Vaccine operations Central Provinces 1868-1885 - 1868-1885
Year: 1868
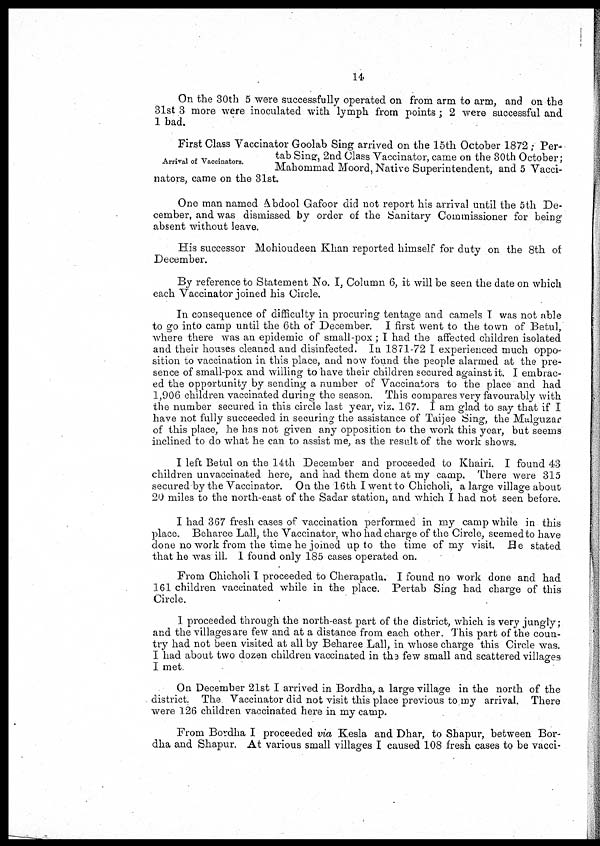
14
On the 30th 5 were successfully operated on from arm to arm, and on the
31st 3 more were inoculated with lymph from points; 2 were successful and
1 bad.
Arrival of Vaccinators.
First Class Vaccinator Goolab Sing arrived on the 15th October 1872 ; Per-
tab Sing-, 2nd Class Vaccinator, came on the 30th October;
Mahommad Moord, Native Superintendent, and 5 Vacci-
nators, came on the 31st.
One man named Abdool Gafoor did not report his arrival until the 5th De-
cember, and was dismissed by order of the Sanitary Commissioner for being
absent without leave.
His successor Mohioudeen Khan reported himself for duty on the 8th of
December.
By reference to Statement No. I, Column 6, it will be seen the date on which
each Vaccinator joined his Circle.
In consequence of difficulty in procuring tentage and camels I was not able
to go into camp until the 6th of December. I first went to the town of Betul,
where there was an epidemic of small-pox; I had the affected children isolated
and their houses cleaned and disinfected. In 1871-72 I experienced much oppo-
sition to vaccination in this place, and now found the people alarmed at the pre-
sence of small-pox and willing to have their children secured against it. I embrac-
ed the opportunity by sending a number of Vaccinators to the place and had
1,906 children vaccinated during the season. This compares very favourably with
the number secured in this circle last year, viz. 167. I am glad to say that if I
have not fully succeeded in securing the assistance of Taijee Sing, the Malguzar
of this place, he has not given any opposition to the work this year, but seems
inclined to do what he can to assist me, as the result of the work shows.
I left Betul on the 14th December and proceeded to Khairi. I found 43
children unvaccinated here, and had them done at my camp. There were 315
secured by the Vaccinator. On the 16th I went to Chicholi, a large village about
20 miles to the north-east of the Sadar station, and which I had not seen before.
I had 367 fresh cases of vaccination performed in my camp while in this
place. Beharee Lall, the Vaccinator. who had charge of the Circle, seemed to have
done no work from the time he joined up to the time of my visit. Be stated
that he was ill. 1 found only 185 cases operated on.
From Chicholi I proceeded to Cherapatla. I found no work done and had
161 children vaccinated while in the place. Pertab Sing had charge of this
Circle.
1 proceeded through the north-east part of the district, which is very jungly;
and the villages are few and at a distance from each other. This part of the coun-
try had not been visited at all by Beharee Lall, in whose charge this Circle was.
I had about two dozen children vaccinated in the few small and scattered villages
I met
On December 21st I arrived in Bordha, a large village in the north of the
district. The Vaccinator did not visit this place previous to my arrival. There
were 126 children vaccinated here in my camp.
From Bovdha I proceeded via Kesla and Dhar, to Shapur, between Bor-
dha and Shapur. At various small villages I caused 108 fresh cases to be vacci¬